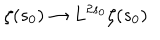
\zeta ( s _ { 0 } ) \rightarrow L ^ { 2 s _ { 0 } } \zeta ( s _ { 0 } )